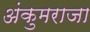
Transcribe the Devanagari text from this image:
अंकुमराजा